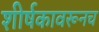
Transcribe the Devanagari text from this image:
शीर्षकावरूनच